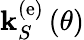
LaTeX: {\mathbf k}_{S}^{\left(\mathrm{e}\right)}\left(\theta\right)